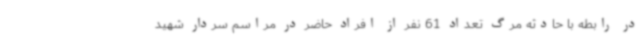
در رابطه با حادثه مرگ تعداد 61 نفر از افراد حاضر در مراسم سردار شهید